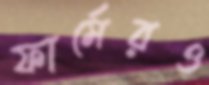
ফার্মেরও